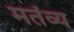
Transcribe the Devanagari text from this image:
मतंव्य